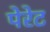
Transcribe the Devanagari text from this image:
पेरेट